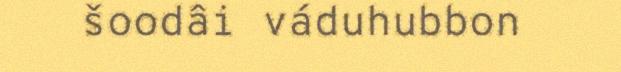
šoodâi váduhubbon